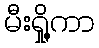
မီးရှို့ကာ